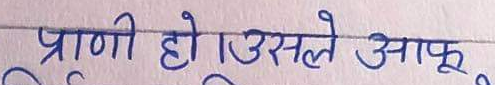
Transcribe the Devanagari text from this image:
प्राणी हो उसले आफू